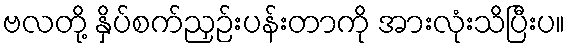
ဗလတို့ နှိပ်စက်ညှဉ်းပန်းတာကို အားလုံးသိပြီးပ။